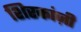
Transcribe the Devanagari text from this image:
शिरकांज़ी